Vaccination in Burma 1900-1911 - 1900-1911
Year: 1900
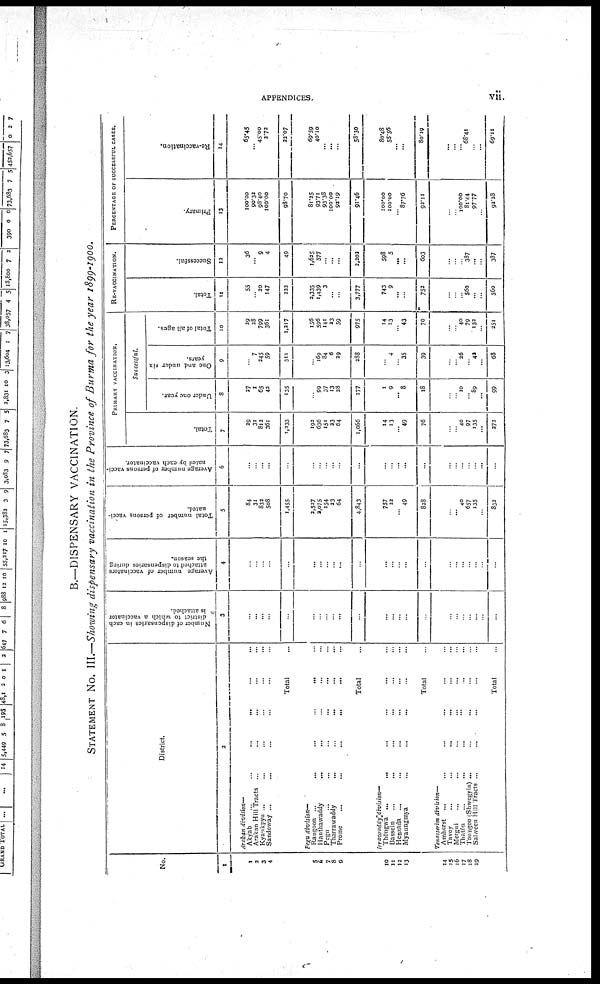
APPENDICES.
vii.
B.—DISPENSARY VACCINATION.
STATEMENT No. III.—Showing dispensary vaccination in the Province of Burma for the year 1899-1900.
No.
1
1
2
3
4
5
6
7
8
9
10
11
12
13
14
15
16
17
18
19
District.
2
Arakan division—
Akyab... ... ... ...
Arakan Hill Tracts ... ... ... ...
Kyaukpyu ... ... ... ...
Sandoway ... ... ... ...
Total...
Pegu division—
Rangoon
...
...
...
...
Hanthawaddy... ... ... ...
Pegu... ... ... ... ...
Tharrawaddy...
...
...
...
Prome
...
...
...
...
Total...
Irrawaddy division—
Thongwa ... ... ... ...
Bassein... ... ... ...
Henzada ... ... ... ...
Myaungmya... ... ... ...
Total...
Tenasserim division—
Amherst ... ... ... ...
Tavoy... ... ... ...
Mergui... ... ... ...
Thatôn ... ... ... ...
Tonngoo (Shwegyin)... ... ... ...
Saiween Hill Tracts ...
...
...
Total...
Number of dispensaries in each
district to which a vaccinator
is attached.
3
...
...
...
...
...
...
...
...
...
...
...
...
...
...
...
...
...
...
...
...
...
...
...
...
Average number of vaccinators
attached to dispensaries during
the season.
4
...
...
...
...
...
...
...
...
...
...
...
...
...
...
...
...
...
...
...
...
...
...
...
...
Total number of persons vacci-
nated.
5
84
31
832
508
1,455
2,527
2,075
154
23
64
4,843
757
22
...
49
828
...
...
...
40
657
135
...
832
Average number of persons vacci-
nated by each vaccinator.
6
...
...
...
...
...
...
...
...
...
...
...
...
...
...
...
...
...
...
...
...
...
...
...
...
PRIMARY VACCINATION.
Total.
7
29
31
812
361
1,233
192
636
151
23
64
1,066
14
13
...
49
76
...
...
...
40
97
135
...
272
Successful.
Under one year.
8
27
1
65
42
135
...
99
37
13
28
177
1
9
...
8
18
...
...
...
10
...
89
...
99
One and under six
years.
9
...
7
245
59
311
...
169
84
6
29
288
...
4
...
35
39
...
...
...
26
...
42
...
68
Total of all ages.
10
29
28
799
361
1,217
156
596
141
23
59
975
14
13
...
43
70
...
...
...
40
79
132
...
251
RE-VACCINATION.
Total.
11
55
...
20
147
222
2,335
1,439
3
...
...
3,777
743
9
...
...
752
...
...
...
...
560
...
...
560
Successful.
12
36
...
9
4
49
1,625
577
...
...
...
2,202
598
5
...
...
603
...
...
...
...
387
...
...
387
PERCENTAGE OF SUCCESSFUL CASES.
Primary.
13
100.00
90.32
98.40
100.00
98.70
81.25
93.71
93.38
100.00
93.19
91.46
100.00
100.00
...
87.76
92.11
...
...
...
100.00
81.44
97.77
...
93.28
Re-vaccination.
14
65.45
...
45.00
2.73
22.07
69.59
40.10
...
...
...
58.30
80.48
55.56
...
...
80.19
...
...
...
... 68.41
...
...
69.11